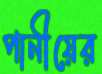
পানীয়ের